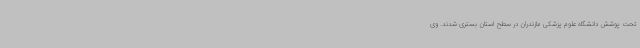
تحت پوشش دانشگاه علوم پزشکی مازندران در سطح استان بستری شدند. وی